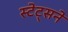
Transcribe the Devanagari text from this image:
स्टेट्सने